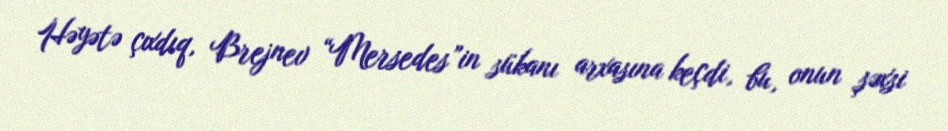
Həyətə çıxdıq, Brejnev “Mersedes”in sükanı arxasına keçdi, bu, onun şəxsi